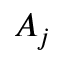
A _ { j }